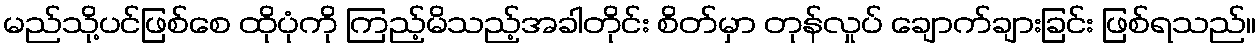
မည်သို့ပင်ဖြစ်စေ ထိုပုံကို ကြည့်မိသည့်အခါတိုင်း စိတ်မှာ တုန်လှုပ် ချောက်ချားခြင်း ဖြစ်ရသည်။